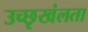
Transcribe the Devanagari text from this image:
उच्छृखंलता